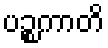
ပဉ္စကာတိ